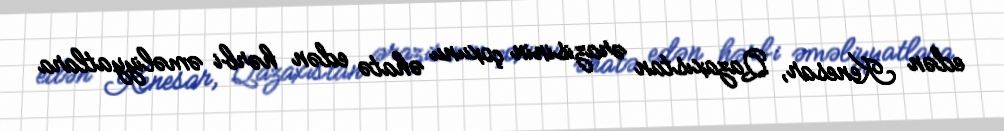
edən Kenesar, Qazaxıstan ərazisinin çoxunu əhatə edən hərbi əməliyyatlara